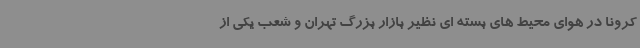
کرونا در هوای محیط های بسته ای نظیر بازار بزرگ تهران و شعب یکی از